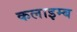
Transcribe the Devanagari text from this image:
कलाइम्ब